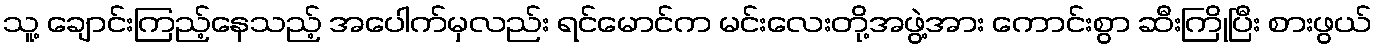
သူ့ ချောင်းကြည့်နေသည့် အပေါက်မှလည်း ရင်မောင်က မင်းလေးတို့အဖွဲ့အား ကောင်းစွာ ဆီးကြိုပြီး စားဖွယ်